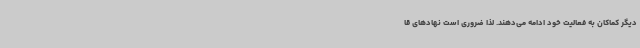
دیگر کماکان به فعالیت خود ادامه می‌دهند. لذا ضروری است نهادهای قا